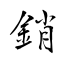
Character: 銷